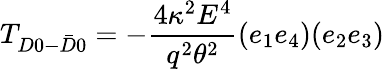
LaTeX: T_{D0-\bar{D}0}=-\frac{4\kappa^{2}E^{4}}{q^{2}\theta^{2}}(e_{1}e_{4})(e_{2}e_{3})